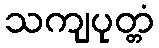
သကျပုတ္တံ